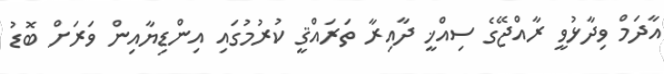
އާދަމް ވިދާޅުވީ ރާއްޖޭގެ ސިއްޚީ ދާއިރާ ތަރައްޤީ ކުރުމުގައި އިންޑިޔާއިން ވަރަށް ބޮޑު